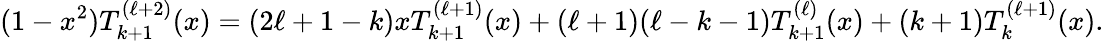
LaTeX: (1-x^{2})T_{k+1}^{(\ell+2)}(x)=(2\ell+1-k)xT_{k+1}^{(\ell+1)}(x)+(\ell+1)(\ell-k-1)T_{k+1}^{(\ell)}(x)+(k+1)T_{k}^{(\ell+1)}(x).